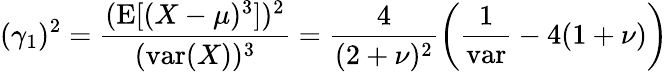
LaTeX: (\gamma_{1})^{2}={\frac{(\operatorname{E}[(X-\mu)^{3}])^{2}}{(\operatorname{var}(X))^{3}}}={\frac{4}{(2+\nu)^{2}}}{\bigg(}{\frac{1}{\mathrm{var}}}-4(1+\nu){\bigg)}